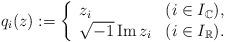
LaTeX: \begin{align*}q_i(z) :=\left\{\begin{array}{ll}z_i \qquad& (i \in I_{\mathbb{C}}),\\\sqrt{-1}\operatorname{Im} z_i & (i \in I_{\mathbb{R}}).\end{array}\right.\end{align*}